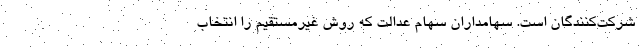
شرکت‌کنندگان است. سهامداران سهام عدالت که روش غیرمستقیم را انتخاب